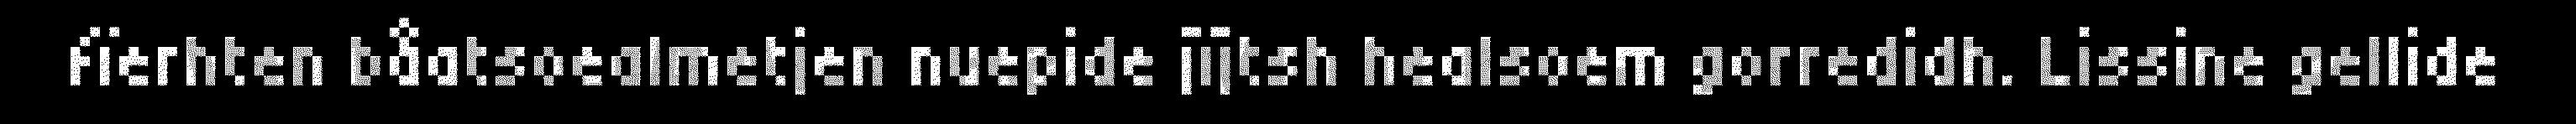
fïerhten båatsoealmetjen nuepide jïjtsh healsoem gorredidh. Lissine gellide